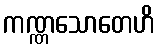
ကဏ္ဏသောတေဟိ